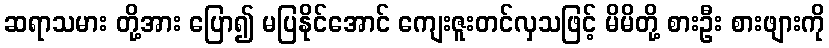
ဆရာသမား တို့အား ပြော၍ မပြနိုင်အောင် ကျေးဇူးတင်လှသဖြင့် မိမိတို့ စားဦး စားဖျားကို